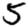
Digit: 5